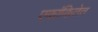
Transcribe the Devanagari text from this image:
एकांकितेत